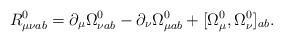
LaTeX: \begin{align*}R_{\mu\nu ab}^{0}=\partial_{\mu}\Omega^{0}_{\nu ab}-\partial_{\nu}\Omega^{0}_{\mu ab}+[\Omega^{0}_{\mu},\Omega^{0}_{\nu}]_{ab}.\end{align*}